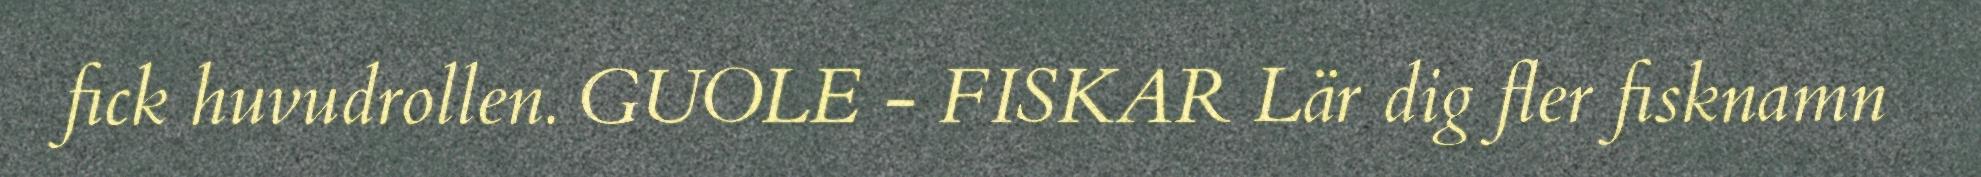
fick huvudrollen. GUOLE - FISKAR Lär dig fler fisknamn